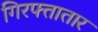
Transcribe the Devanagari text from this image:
गिरफ्तातार